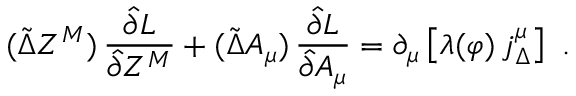
( \tilde { \Delta } Z ^ { M } ) \, \frac { \hat { \partial } L } { \hat { \partial } Z ^ { M } } + ( \tilde { \Delta } A _ { \mu } ) \, \frac { \hat { \partial } L } { \hat { \partial } A _ { \mu } } = \partial _ { \mu } \left[ \lambda ( \varphi ) \, j _ { \Delta } ^ { \mu } \right] \ .